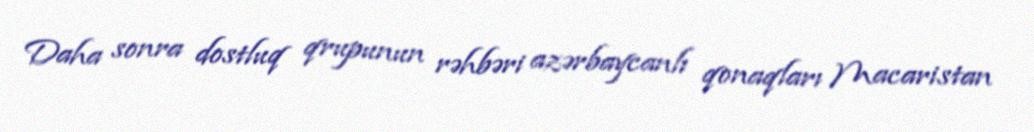
Daha sonra dostluq qrupunun rəhbəri azərbaycanlı qonaqları Macaristan